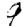
Digit: 9